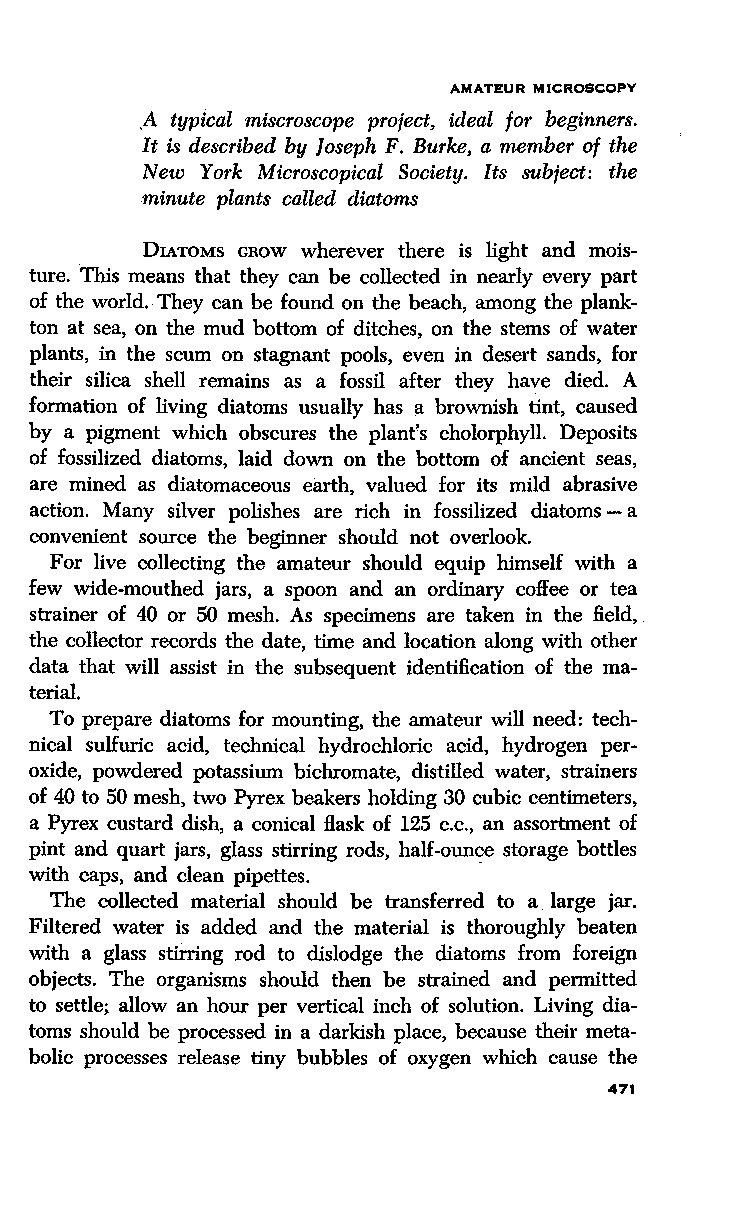
AMATEUR MICROSCOPY
 .A typical miscroscope pro;ect, ideal for beginners.
 It is described by Joseph F. Burke, a member of the
 New York Microscopical Society. Its subfect: the
 minute plants called diatoms
 DIATOMS GROW wherever there is light and mois
 ture. This means that they can be collected in nearly every part
 of the world. They can be found on the beach, among the plank
 ton at sea, on the mud bottom of ditches, on the stems of water
 plants, in the scum on stagnant pools, even in desert sands, for
 their silica shell remains as a fossil after they have died. A
 formation of living diatoms usually has a brownish tint, caused
 by a pigment which obscures the plant's cholorphyll. Deposits
 of fossilized diatoms, laid down on the bottom of ancient seas,
 are mined as diatomaceous earth, valued for its mild abrasive
 action. Many silver polishes are rich in fossilized diatoms - a
 convenient source the beginner should not overlook.
 For live collecting the amateur should equip himself with a
 few wide-mouthed jars, a spoon and an ordinary coffee or tea
 strainer of 40 or 50 mesh. As specimens are taken in the field, .
 the collector records the date, time and location along with other
 data that will assist in the subsequent identification of the ma
 terial.
 To prepare diatoms for mounting, the amateur will need: tech
 nical sulfuric acid, technical hydrochloric acid, hydrogen per
 oxide, powdered potassium bichromate, distilled water, strainers
 of 40 to 50 mesh, two Pyrex beakers holding 30 cubic centimeters,
 a Pyrex custard dish, a conical flask of 125 c.c., an assortment of
 pint and quart jars, glass stirring rods, half-ounce storage bottles
 with caps, and clean pipettes. .
 The collected material should be transferred to a. large jar.
 Filtered water is added and the material is thoroughly beaten
 with a glass stirring rod to dislodge the diatoms from foreign
 objects. The organisms should then be strained and permitted
 to settle; allow an hour per vertical inch of solution. Living dia
 toms should be processed in a darkish place, because their meta
 bolic processes release tiny bubbles of oxygen which cause the
 471